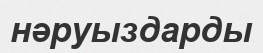
нәруыздарды